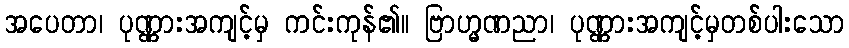
အပေတာ၊ ပုဏ္ဏားအကျင့်မှ ကင်းကုန်၏။ ဗြာဟ္မဏညာ၊ ပုဏ္ဏားအကျင့်မှတစ်ပါးသော